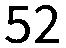
52